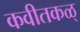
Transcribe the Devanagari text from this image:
कवीतकळ्